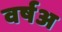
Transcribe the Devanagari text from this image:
वर्षअ